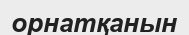
орнатқанын